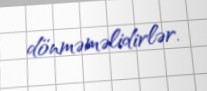
dönməməlidirlər.